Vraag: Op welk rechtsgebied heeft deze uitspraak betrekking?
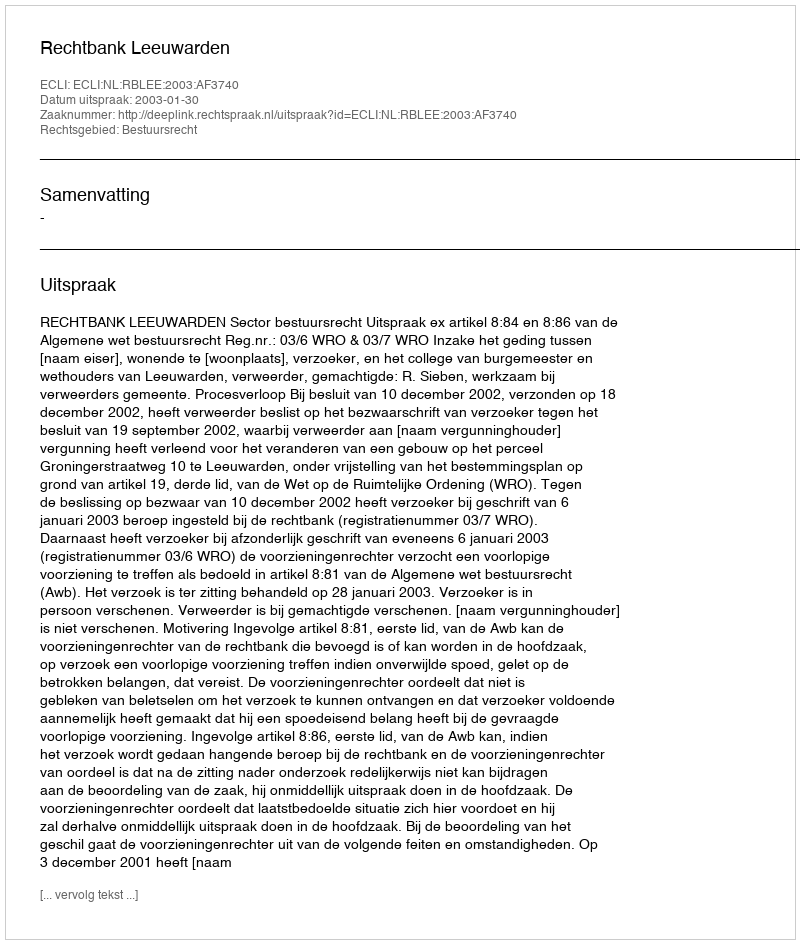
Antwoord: Bestuursrecht